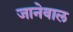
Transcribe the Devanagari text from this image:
जानेवाल